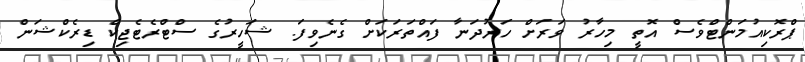
ޕްރޮކިއުމަންޓްވެސް އޮތީ މިހާރު ވަރަށް ހަރުދަނާ ފައްތަރަކަށް ގެނެވިފަ. ޝަހީރުގެ ސްޓްރެޓެޖިކް ޑިރެކްޝަން